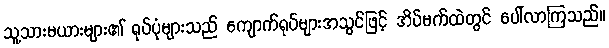
သူ့သားမယားများ၏ ရုပ်ပုံများသည် ကျောက်ရုပ်များအသွင်ဖြင့် အိပ်မက်ထဲတွင် ပေါ်လာကြသည်။